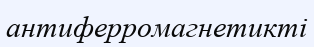
антиферромагнетикті